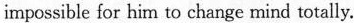
impossible for him to change mind totally.